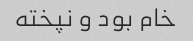
خام بود و نپخته